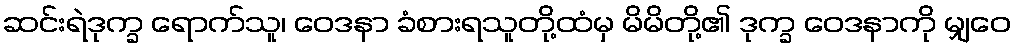
ဆင်းရဲဒုက္ခ ရောက်သူ၊ ဝေဒနာ ခံစားရသူတို့ထံမှ မိမိတို့၏ ဒုက္ခ ဝေဒနာကို မျှဝေ